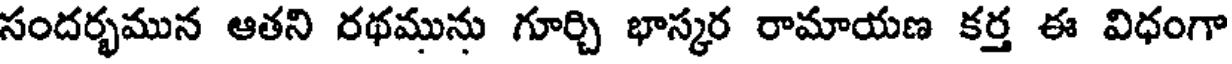
సందర్భమున ఆతని రథమును గూర్చి భాస్కర రామాయణ కర్త ఈ విధంగా